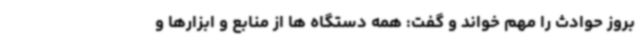
بروز حوادث را مهم خواند و گفت: همه دستگاه ها از منابع و ابزارها و